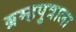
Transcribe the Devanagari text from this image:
ब्रम्हपुत्राला